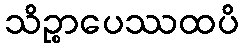
သိဉ္စာပေဿထပိ